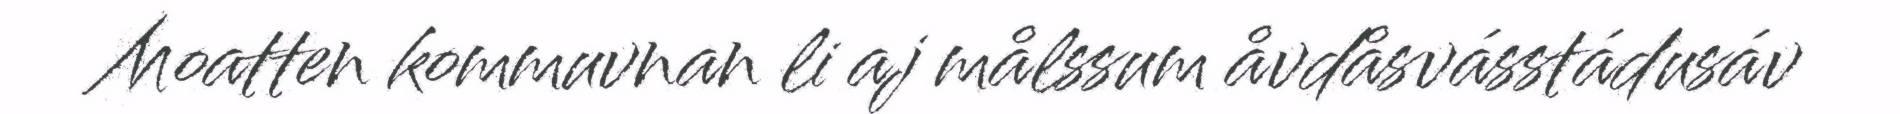
Moatten kommuvnan li aj målssum åvdåsvásstádusáv